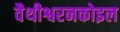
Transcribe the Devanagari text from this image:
वैथीश्वरनकोइल